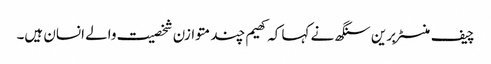
چیف منسٹر برین سنگھ نے کہا کہ کھیم چند متوازن شخصیت والے انسان ہیں۔